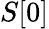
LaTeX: S[0]